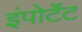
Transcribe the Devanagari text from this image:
इंपोर्टेंट